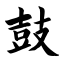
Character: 鼓